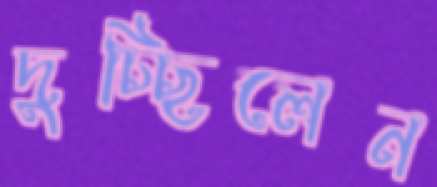
দুচ্ছিলেন